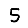
Digit: 5